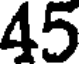
45